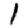
Digit: 1